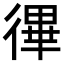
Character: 𢕏